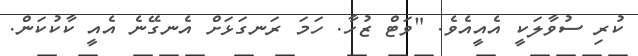
ކުރި ސުވާލަކީ އެއީއެވެ. "ވަޓް ޒުހާ. ހަމަ ރަނގަޅަށް އެނގޭނެ އެއީ ކާކުކަން.